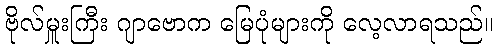
ဗိုလ်မှူးကြီး ဂျာဗောက မြေပုံများကို လေ့လာရသည်။